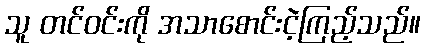
သူ တင်ဝင်းကို အသာစောင်းငဲ့ကြည့်သည်။